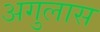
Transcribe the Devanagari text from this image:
अगुलास